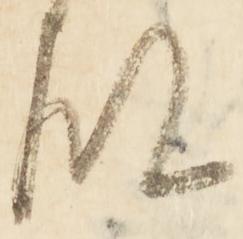
殿